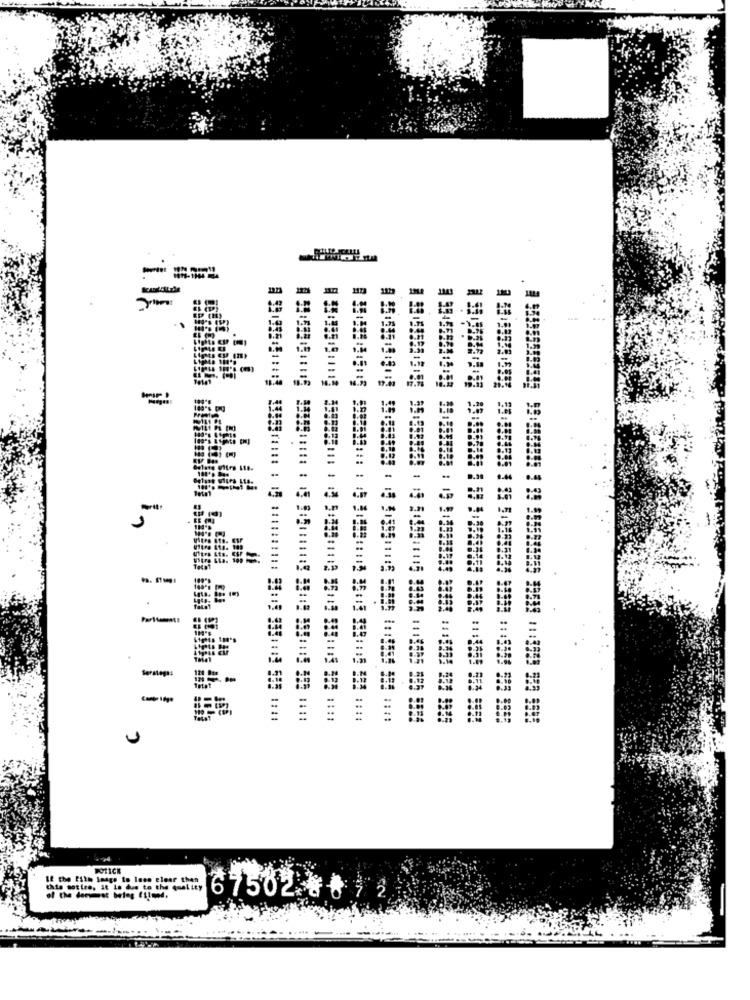
=
CE-
.
=
POTICK
If the Eile Image to less clear than
this moties, it La due to the quality
of the dermat beleg filmed.
67502 8892